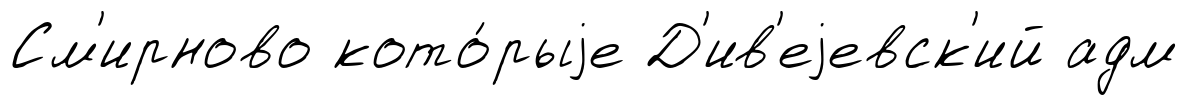
См'ирново кото́рыjе Д'ив'еjевск'ий адм